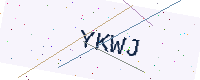
Text: YKWJ